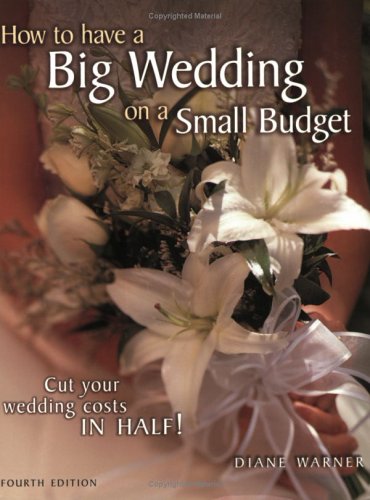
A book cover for How to Have a Big Wedding on a Small Budget; Diane Warner; Crafts, Hobbies & Home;